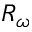
R _ { \omega }